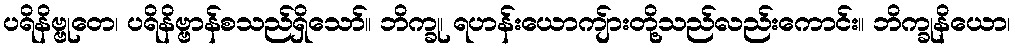
ပရိနိဗ္ဗုတေ၊ ပရိနိဗ္ဗာန်စသည်ရှိသော်။ ဘိက္ခု၊ ရဟန်းယောကျ်ားတို့သည်လည်းကောင်း။ ဘိက္ခုနိယော၊